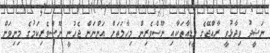
ނަޝީދު ވިދާޅުވީ ރާއްޖޭގެ މީޑިއާތަކާއި ނޫސްވެރިން މިހާލަތަށް އަންނަން ޖެހުނީ ނޫސްވެރިކަމުގެ މިނިވަން